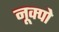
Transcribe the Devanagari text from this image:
नूक्पो